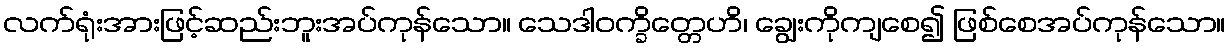
လက်ရုံးအားဖြင့်ဆည်းဘူးအပ်ကုန်သော။ သေဒါဝက္ခိတ္တေဟိ၊ ချွေးကိုကျစေ၍ ဖြစ်စေအပ်ကုန်သော။